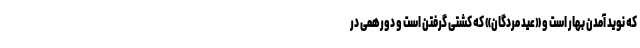
که نوید آمدن بهار است و «عید مردگان» که کشتی گرفتن است و دورهمی در